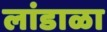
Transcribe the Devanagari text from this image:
लांडाळा